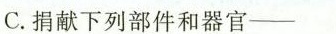
C.献下列部件和器官——